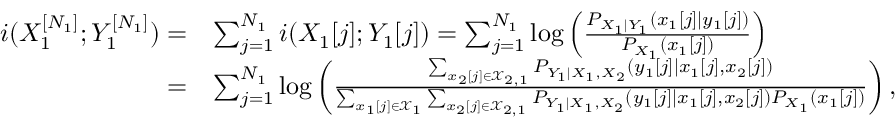
\begin{array} { r l } { i ( X _ { 1 } ^ { [ N _ { 1 } ] } ; Y _ { 1 } ^ { [ N _ { 1 } ] } ) = } & { \sum _ { j = 1 } ^ { N _ { 1 } } i ( X _ { 1 } [ j ] ; Y _ { 1 } [ j ] ) = \sum _ { j = 1 } ^ { N _ { 1 } } \log \left( \frac { P _ { X _ { 1 } | Y _ { 1 } } ( x _ { 1 } [ j ] | y _ { 1 } [ j ] ) } { P _ { X _ { 1 } } ( x _ { 1 } [ j ] ) } \right) } \\ { = } & { \sum _ { j = 1 } ^ { N _ { 1 } } \log \left( \frac { \sum _ { x _ { 2 } [ j ] \in \mathcal { X } _ { 2 , 1 } } P _ { Y _ { 1 } | X _ { 1 } , X _ { 2 } } ( y _ { 1 } [ j ] | x _ { 1 } [ j ] , x _ { 2 } [ j ] ) } { \sum _ { x _ { 1 } [ j ] \in \mathcal { X } _ { 1 } } \sum _ { x _ { 2 } [ j ] \in \mathcal { X } _ { 2 , 1 } } P _ { Y _ { 1 } | X _ { 1 } , X _ { 2 } } ( y _ { 1 } [ j ] | x _ { 1 } [ j ] , x _ { 2 } [ j ] ) P _ { X _ { 1 } } ( x _ { 1 } [ j ] ) } \right) , } \end{array}